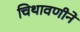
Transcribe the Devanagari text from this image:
चिथावणीने